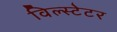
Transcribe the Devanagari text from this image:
विल्स्टेटर